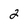
Character: 2